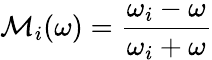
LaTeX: {\cal M}_{i}(\omega)={\frac{\omega_{i}-\omega}{\omega_{i}+\omega}}